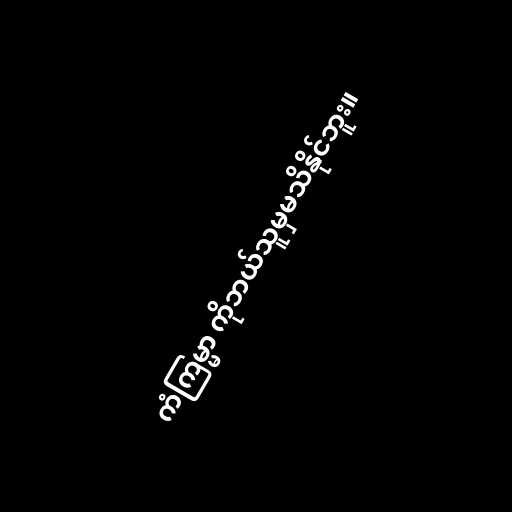
ကံကြမ္မာ ကိုဘယ်သူမှမသိနိုင်ဘူး။